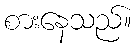
စားနေသည်။